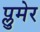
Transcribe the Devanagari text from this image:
प्लुमेर